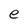
Character: e